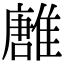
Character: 𩀛